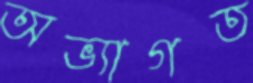
অভ্যাগত